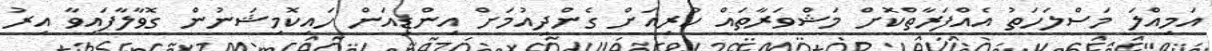
އަމިއްލަ މަސްލަހަތު އެއްފަރާތްކޮށް މަޝްވަރާތައް ކުރިއަށް ގެންދިއުމަށް އިންޑިއަން ހައިކޮމިޝަނުން ގޮވާލާފައިވާ އިރު